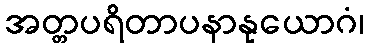
အတ္တပရိတာပနာနုယောဂံ၊